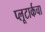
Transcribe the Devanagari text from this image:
प्लूटार्कचा